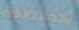
بالمنطقة